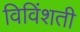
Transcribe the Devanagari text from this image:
विविंशती